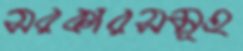
সরকারসমূহ